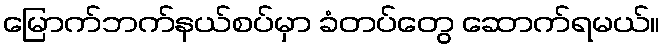
မြောက်ဘက်နယ်စပ်မှာ ခံတပ်တွေ ဆောက်ရမယ်။